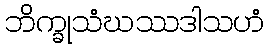
ဘိက္ခုသံဃဿဒါသဟံ